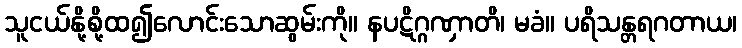
သူငယ်နို့စို့ထ၍လောင်းသောဆွမ်းကို။ နပဋိဂ္ဂဏှာတိ၊ မခံ။ ပရိသန္တရဂတာယ၊